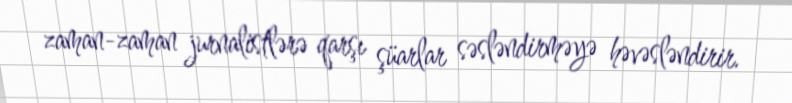
zaman-zaman jurnalistlərə qarşı şüarlar səsləndirməyə həvəsləndirir.